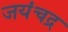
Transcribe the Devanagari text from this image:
जयंचद्र